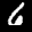
Label: 6